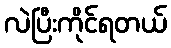
လဲပြီးကိုင်ရတယ်